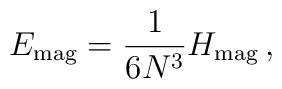
E_{\rm mag} = \frac{1}{6N^3}H_{\rm mag} \,,